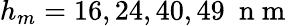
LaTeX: h_{m}=16,24,40,49~\mathrm{~n~m~}